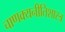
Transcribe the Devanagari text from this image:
चाणक्यनीतिशास्त्र